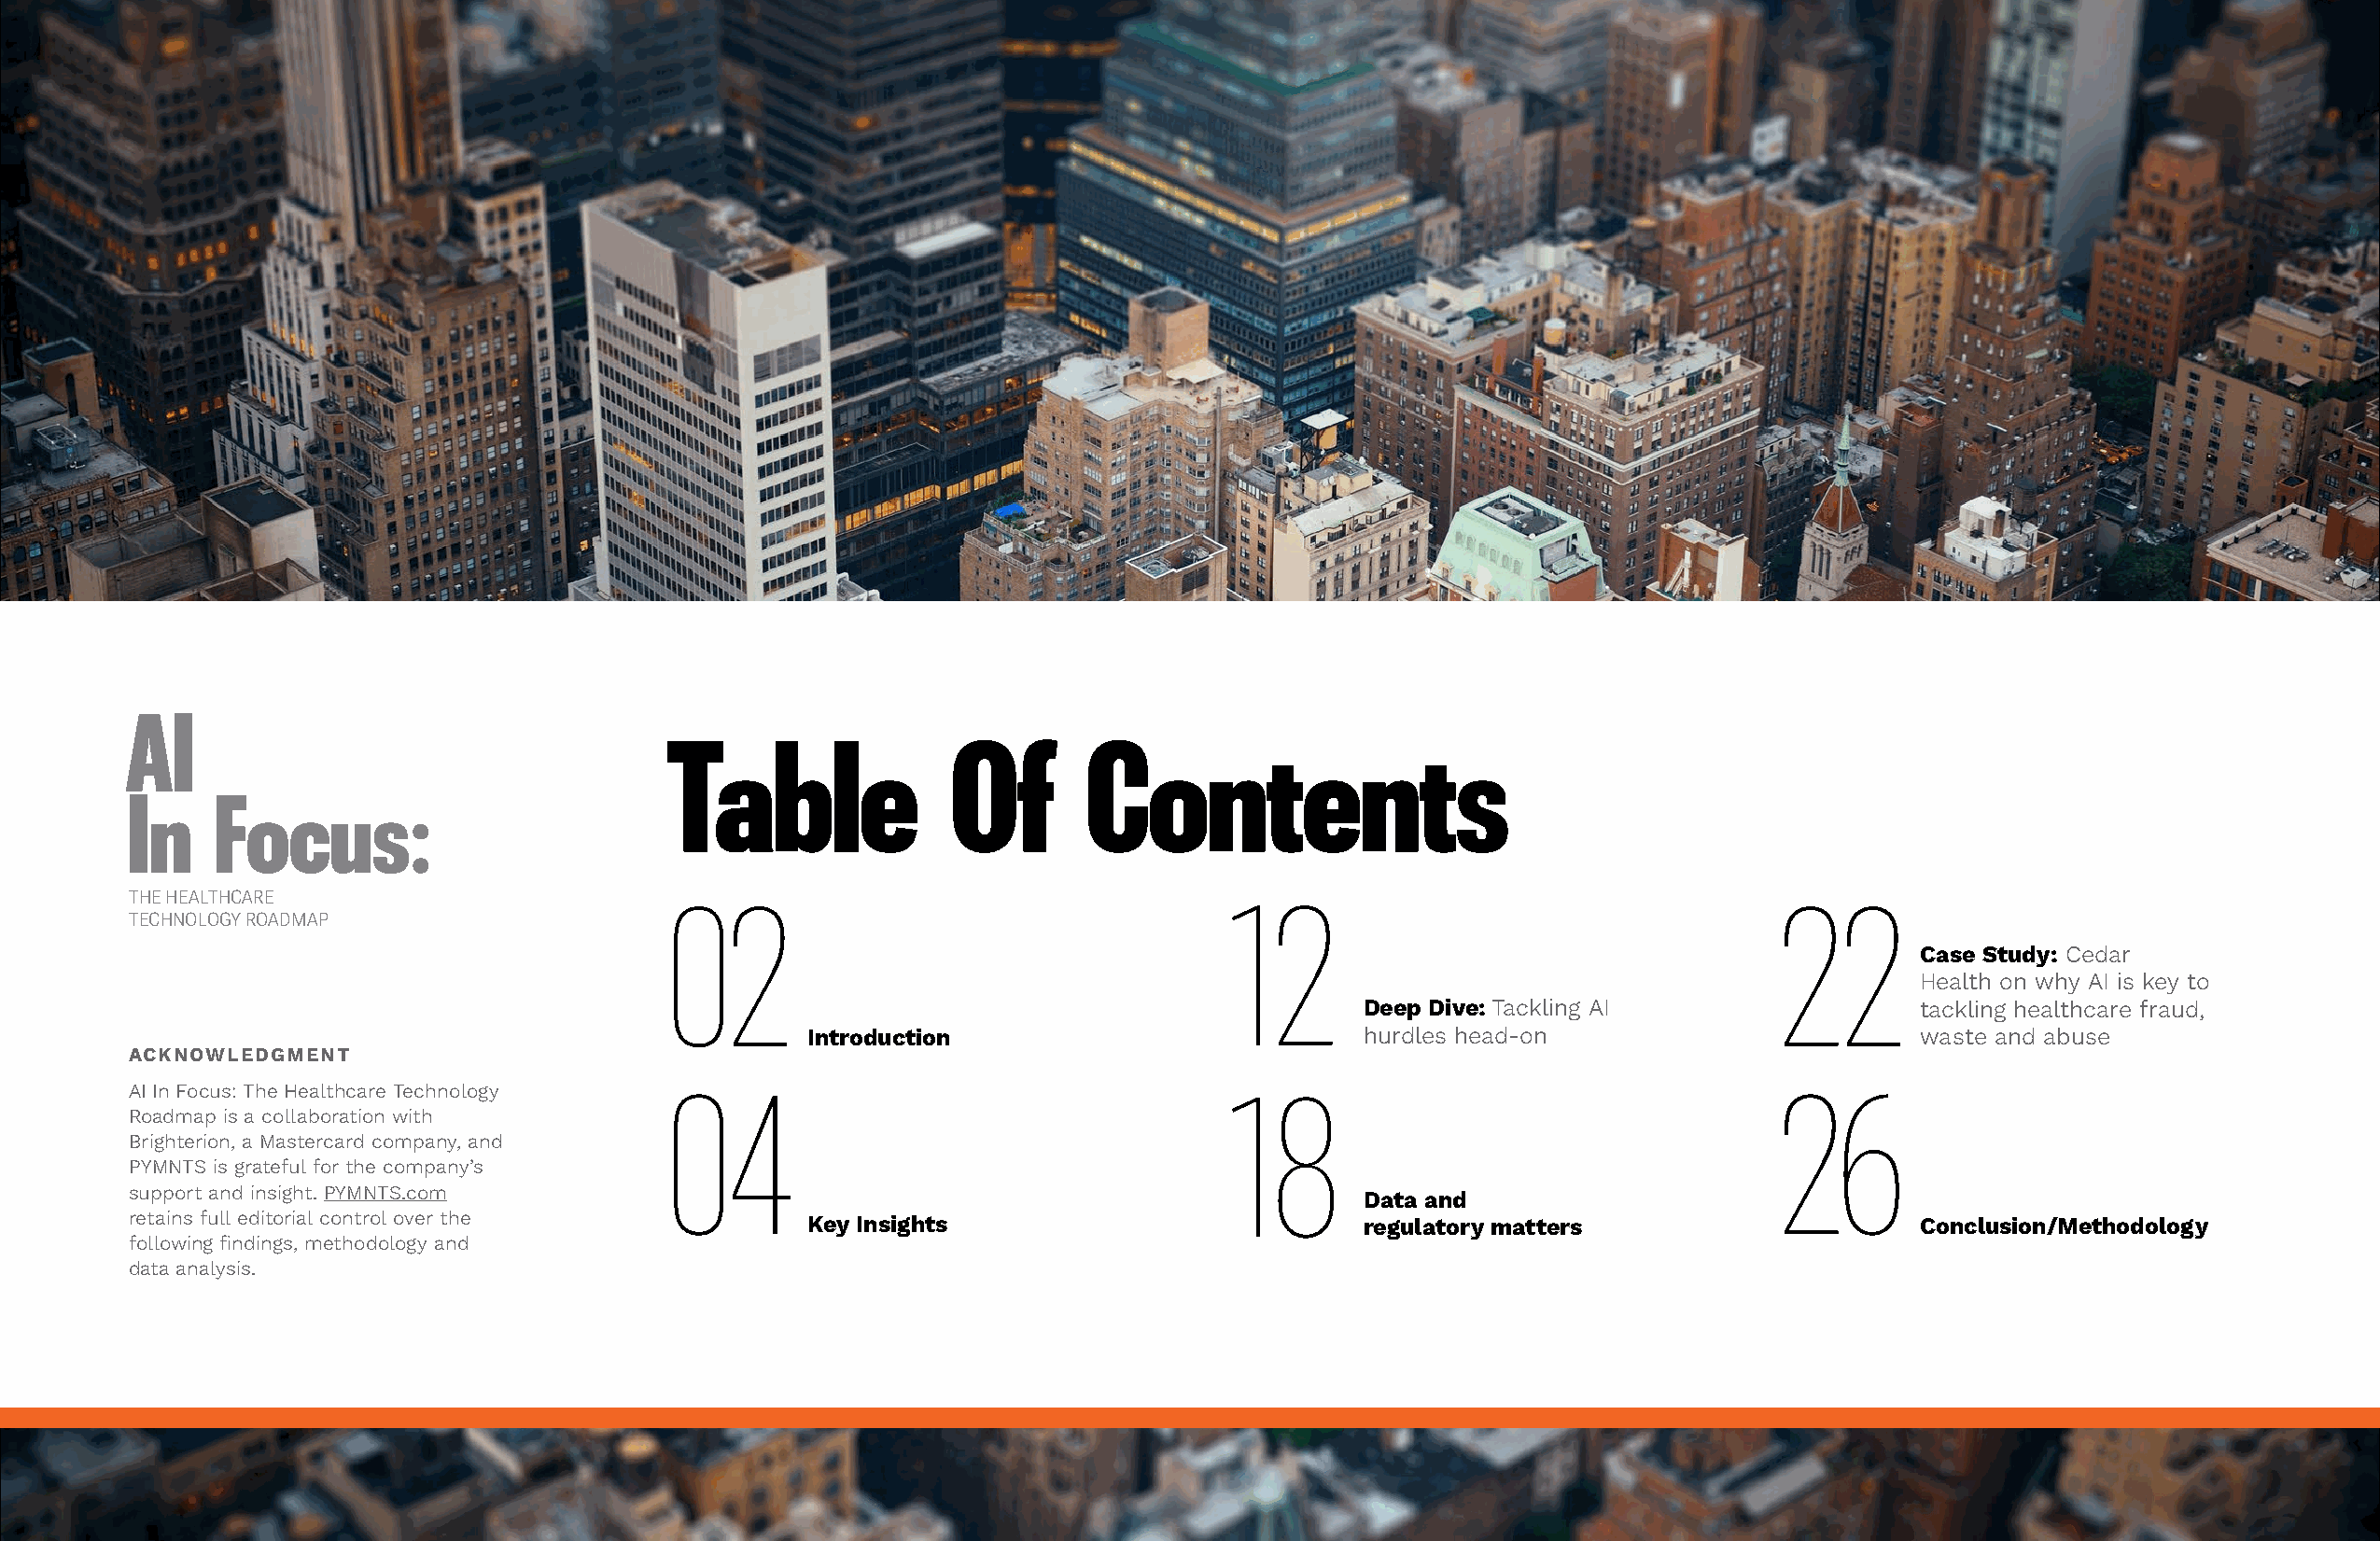
AI
 Table               Of        Contents
 In    Focus:
 THE HEALTHCARE
 TECHNOLOGY ROADMAP                    02                                      12                                     22
 Case Study: Cedar
 Health on why AI is key to
 Deep Dive: Tackling AI                 tackling healthcare fraud,
 Introduction                            hurdles head-on                        waste and abuse
 ACKNOWLEDGMENT
 AI In Focus: The Healthcare Technology
 Roadmap is a collaboration with       04                                      18                                     26
 Brighterion, a Mastercard company, and
 PYMNTS is grateful for the company’s
 support and insight. PYMNTS.com
 Data and
 retains full editorial control over the         Key Insights                            regulatory matters                     Conclusion/Methodology
 following findings, methodology and
 data analysis.